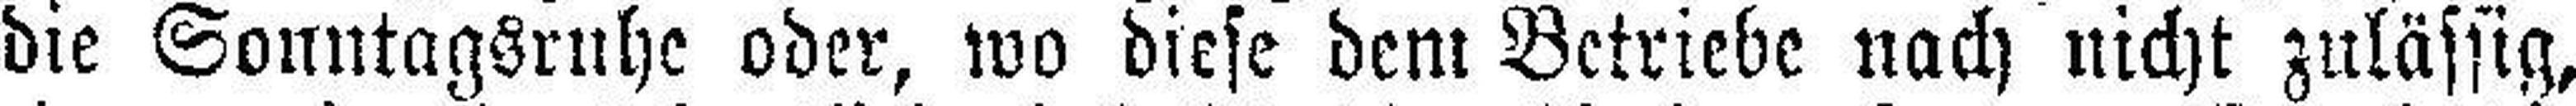
die Sonntagsruhe oder, wo diese dem Betriebe nach nicht zulässig,